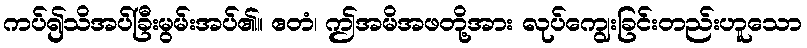
ကပ်၍သိအပ်ခြီးမွမ်းအပ်၏။ ဧတံ၊ ဤအမိအဖတို့အား လုပ်ကျွေးခြင်းတည်းဟူသော